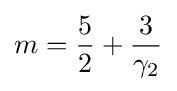
m={\frac {5}{2}}+{\frac {3}{\gamma _{2}}}